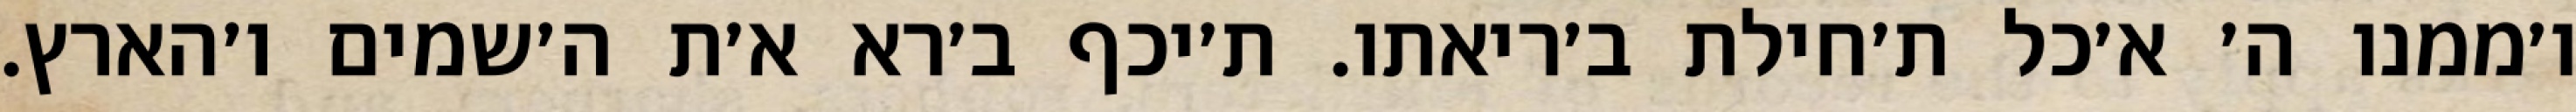
ו׳ממנו ה׳ א׳כל ת׳חילת ב׳ריאתו. ת׳יכף ב׳רא א׳ת ה׳שמים ו׳הארץ.